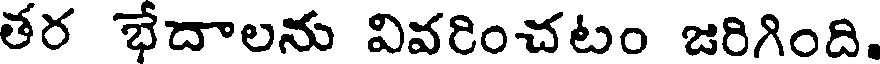
తర భేదాలను వివరించటం జరిగింది.